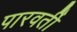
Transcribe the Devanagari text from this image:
पारवर्ती